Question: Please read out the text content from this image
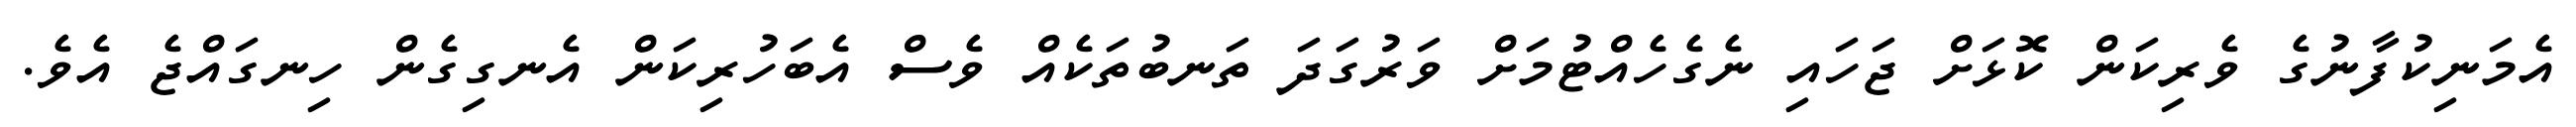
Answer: އެމަނިކުފާނުގެ ވެރިކަން ކޮޅަށް ޖަހައި ނެގެހެއްޓުމަށް ވަރުގަދަ ތަނބުތަކެއް ވެސް އެބަހުރިކަން އެނގިގެން ހިނގައްޖެ އެވެ.